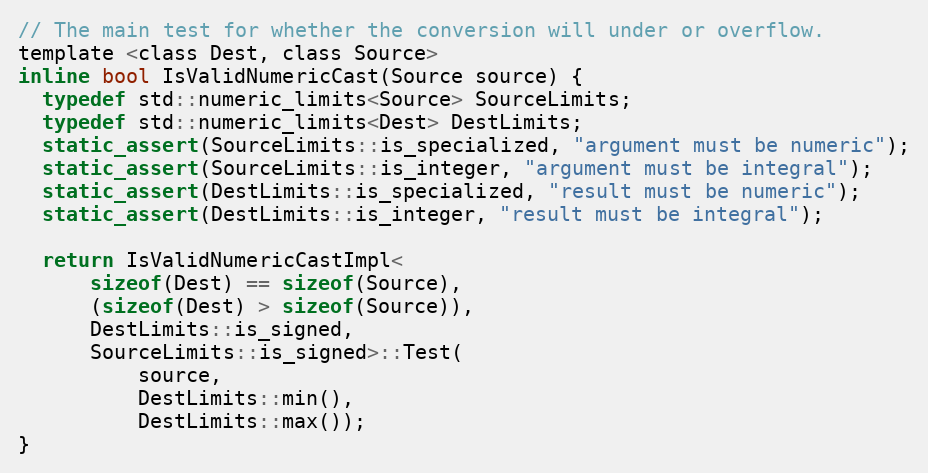
Language: C
// The main test for whether the conversion will under or overflow.
template <class Dest, class Source>
inline bool IsValidNumericCast(Source source) {
  typedef std::numeric_limits<Source> SourceLimits;
  typedef std::numeric_limits<Dest> DestLimits;
  static_assert(SourceLimits::is_specialized, "argument must be numeric");
  static_assert(SourceLimits::is_integer, "argument must be integral");
  static_assert(DestLimits::is_specialized, "result must be numeric");
  static_assert(DestLimits::is_integer, "result must be integral");

  return IsValidNumericCastImpl<
      sizeof(Dest) == sizeof(Source),
      (sizeof(Dest) > sizeof(Source)),
      DestLimits::is_signed,
      SourceLimits::is_signed>::Test(
          source,
          DestLimits::min(),
          DestLimits::max());
}